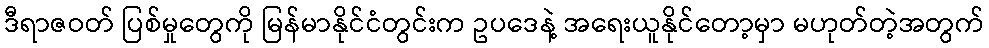
ဒီရာဇဝတ် ပြစ်မှုတွေကို မြန်မာနိုင်ငံတွင်းက ဥပဒေနဲ့ အရေးယူနိုင်တော့မှာ မဟုတ်တဲ့အတွက်